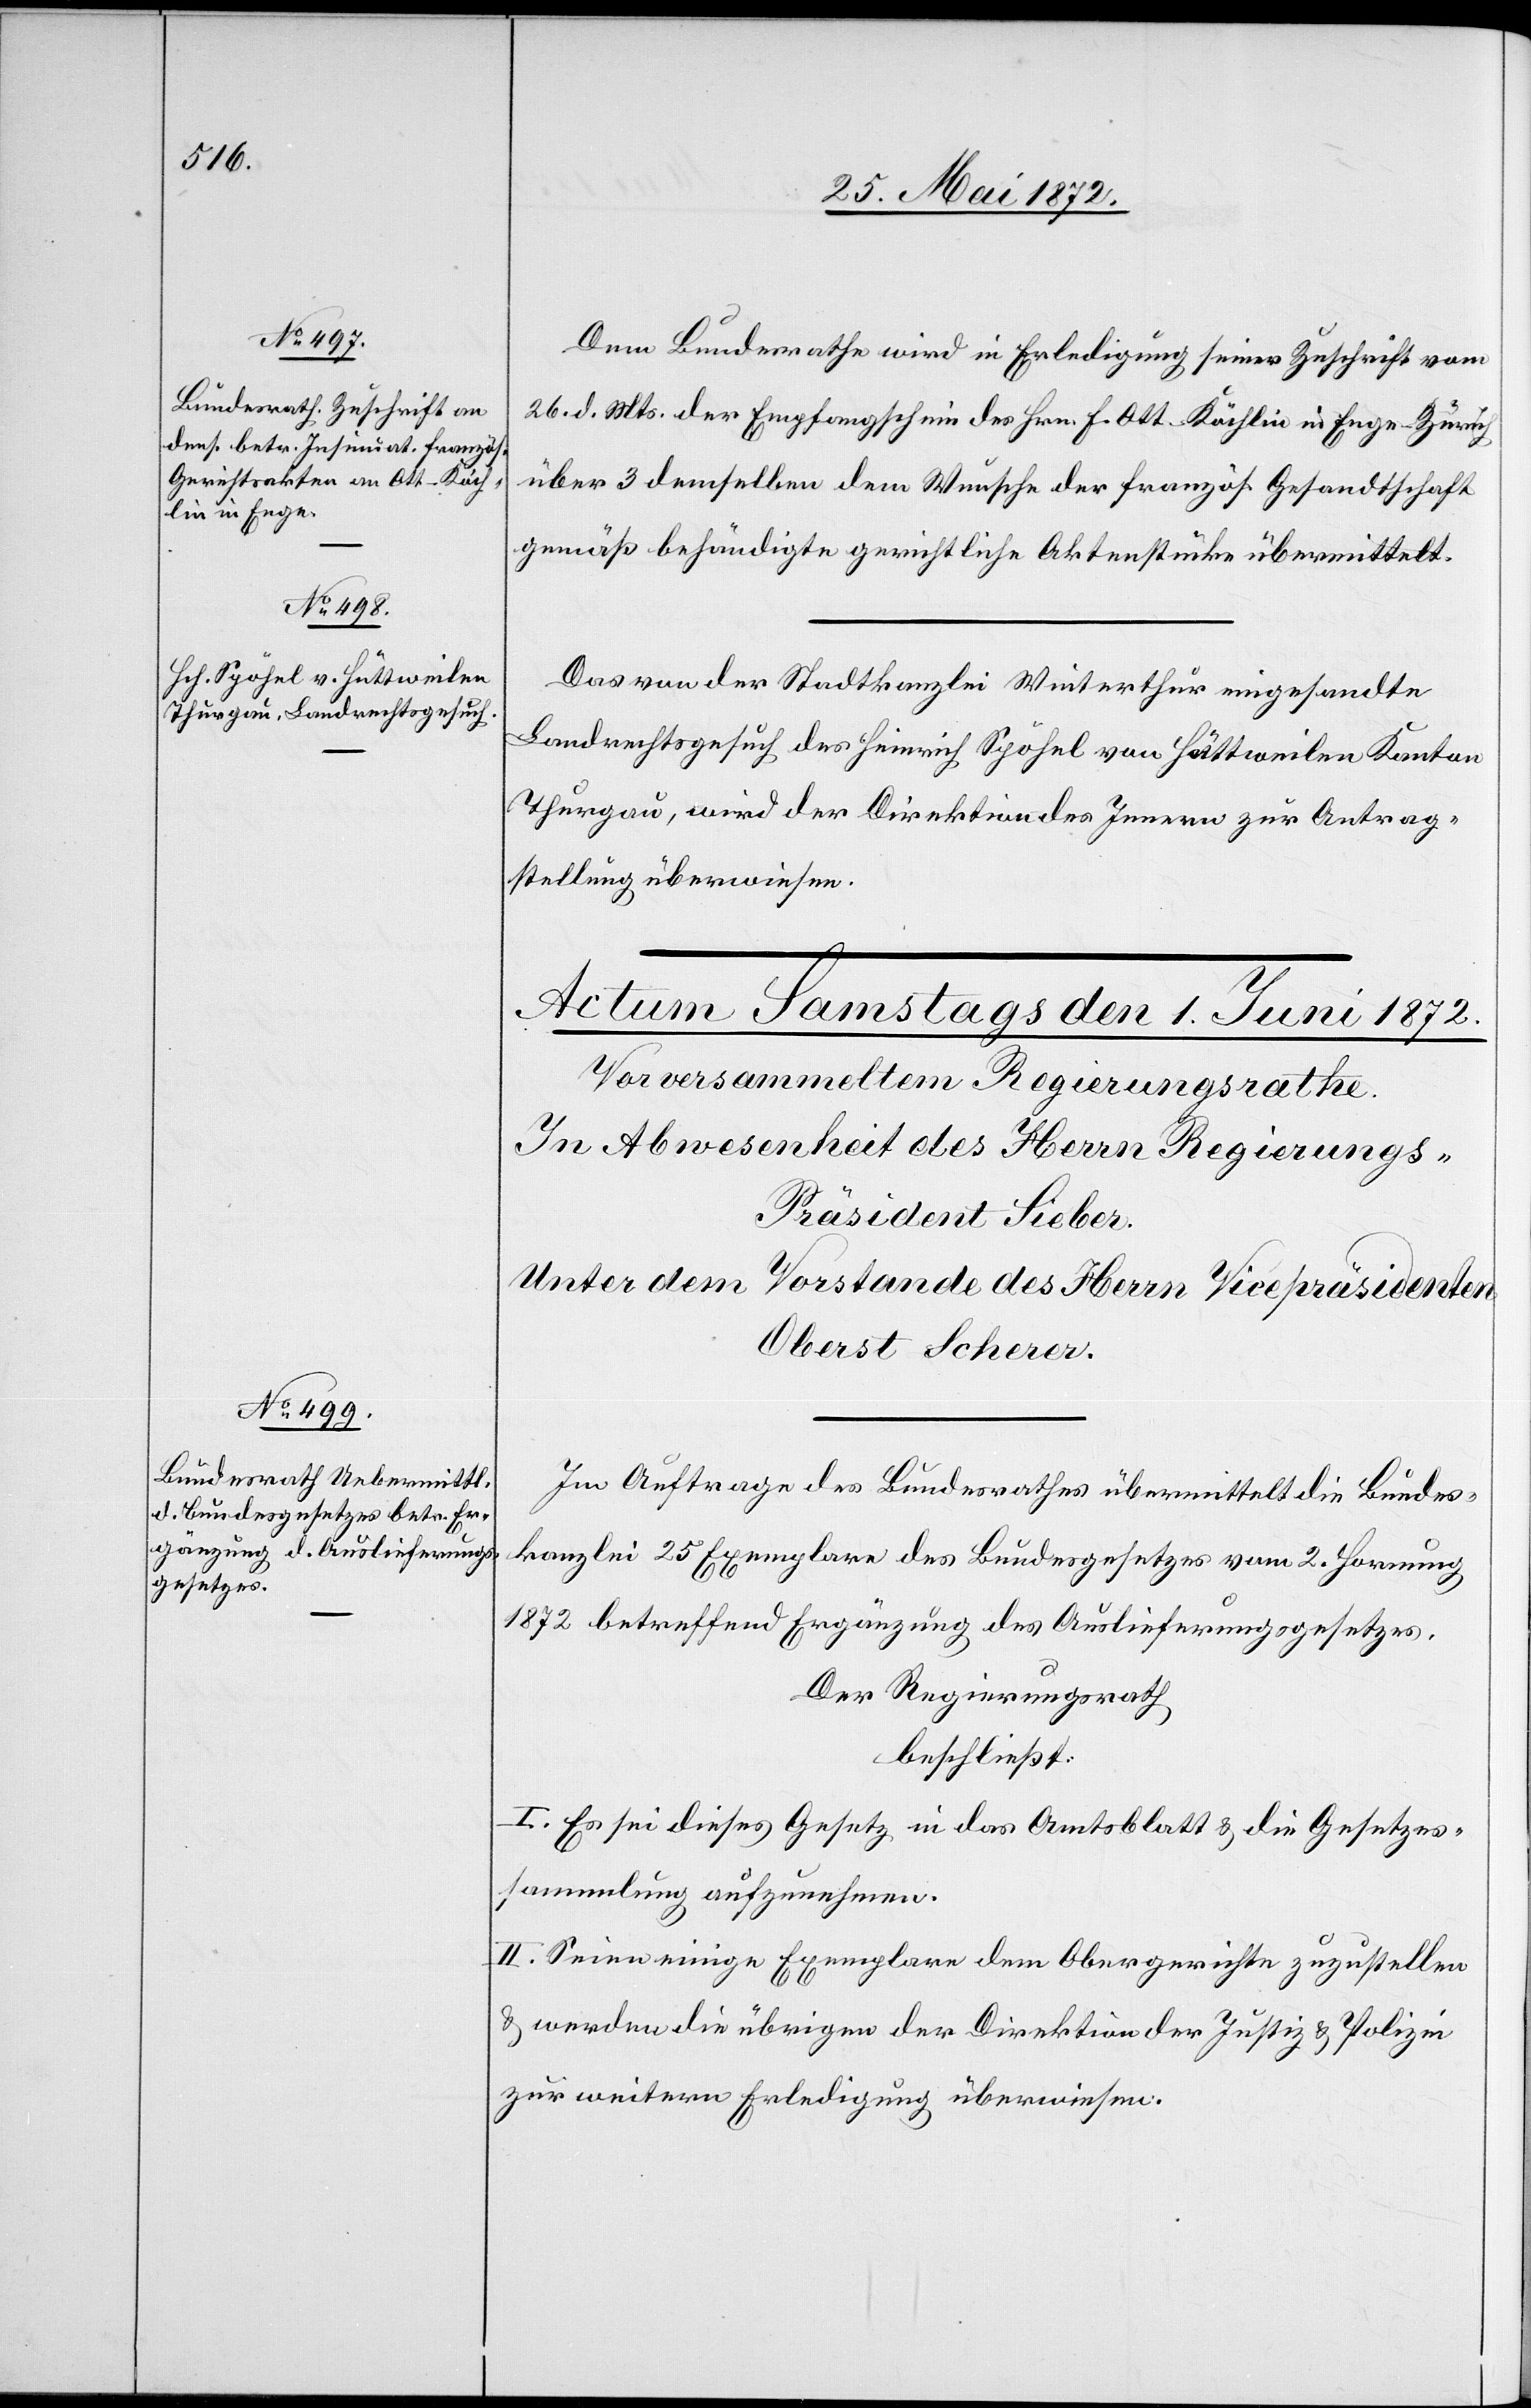
31. Mai 1872.]
Dem Bundesrathe wird in Erledigung seiner Zuschrift vom
26. d. Mts der Empfangschein des Hrn. F. Ott-Köchlin in Enge-Zürich
über 3 demselben dem Wunsche der französ. Gesandtschaft
gemäß behändigte gerichtliche Aktenstücke übermittelt.
Das von der Stadtkanzlei Winterthur eingesandte
Landrechtsgesuch des Heinrich Spöhel von Hüttweilen Kanton
Thurgau, wird der Direktion des Innern zur Antrag¬
stellung überwiesen.
Im Auftrage des Bundesrathes übermittelt die Bundes¬
kanzlei 25 Exemplare des Bundesgesetzes vom 2. Hornung
1872 betreffend Ergänzung des Auslieferungsgesetzes.
Der Regierungsrath
beschließt:
I. Es sei dieses Gesetz in das Amtsblatt u. die Gesetzes¬
sammlung aufzunehmen.
II. Seien einige Exemplare dem Obergerichte zuzustellen
u. werden die übrigen der Direktion der Justiz u. Polizei
zur weitern Erledigung überwiesen.